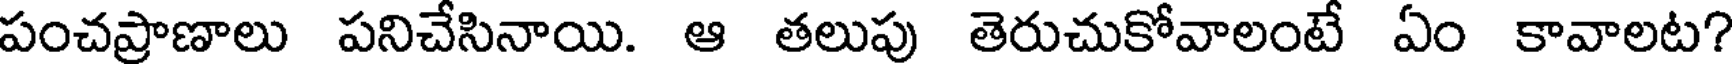
పంచప్రాణాలు పనిచేసినాయి. ఆ తలుపు తెరుచుకోవాలంటే ఏం కావాలట?